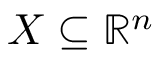
X \subseteq \mathbb { R } ^ { n }